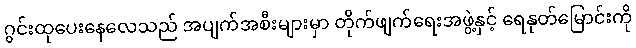
ဂွင်းထုပေးနေလေသည် အပျက်အစီးများမှာ တိုက်ဖျက်ရေးအဖွဲ့နှင့် ရေနုတ်မြောင်းကို